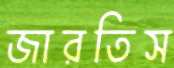
জারতিস